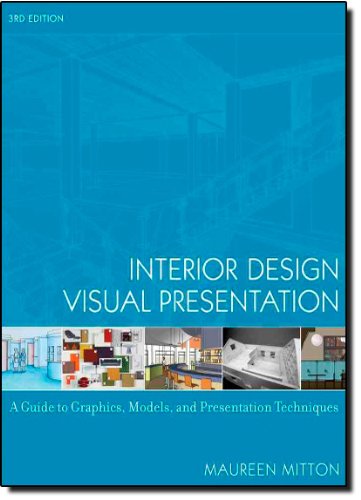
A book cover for Interior Design Visual Presentation: A Guide to Graphics, Models and Presentation Techniques; Maureen Mitton; Computers & Technology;